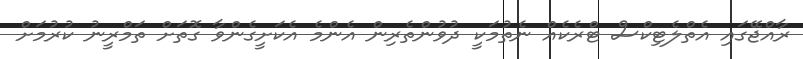
ރާއްޖޭގައި އެތްލެޓިކްސް ޓްރެކެއް ނެތުމަކީ ދުވުންތެރިން އެންމެ އެކަށީގެންވާ ގޮތަށް ތަމްރީނު ކުރުމަށް